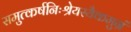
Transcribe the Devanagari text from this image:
समुत्कर्षनिःश्रेयस्यैकमुग्रं